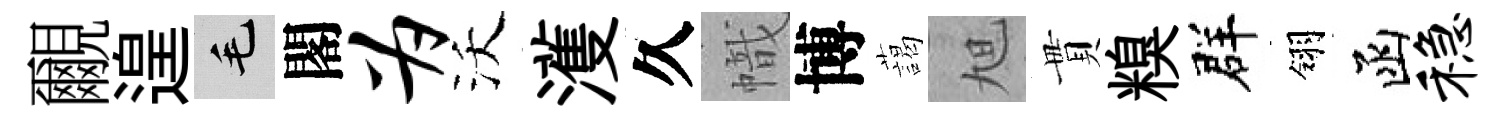
覼遑毛閣为沃濩久幟博藹旭貫糗群翎函稳